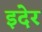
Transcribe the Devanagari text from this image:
इदेर